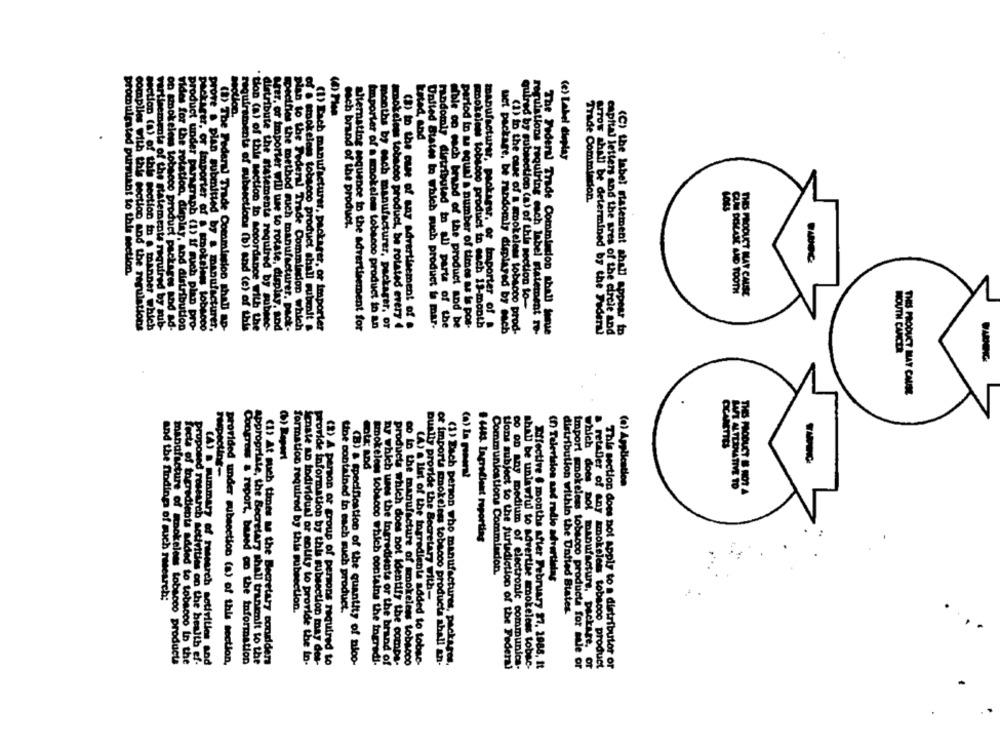
section.
Estad, and
(e) Label deplay
Potat
on smokeless tobillet
vartisements of the
Trade Commission.
mach brand of the product.
promulgated purmiant to this section.
quired by subsection (a) of this section to-
(B) to the cure of any advertisement of .
complies with this section and the regulations
the statements required by sub-
soco product packages and ad-
vides for the rotation, display, and distribution
product under paragraph (1) If such plan pro-
packager, or Importer of a stpokalnes tobacco
prove . plan submitted by a manufacturer,
(8) The Federal Trade Commission shall ap-
requirements of subsections (b) and (e) of this
tion (a) of this section to accordance with the
the statements required by submec-
Gger, or importer will use to rotate, display, and
specifies the method such manufacturer. pack-
plan to the Federal Trade Commission which
of a smokeless tobacco product shall submit s
(1) Each manufacturer, packager, or importer
alternating sequence to the advertisement for
Importer of a smokelem tobacco product in an
months by each manufacturer, packager, or
smokeless tobacco product, be rotated every 4
United States to which such product is mar-
randomly distributed in all parts of the
able on each brand of the product and be
period in aa equal a number of times as is pos-
mookslens tobacco product in esch 19-month
manufacturer, packager, or importer of
uct package, be randomly displayed by euch
(1) to the case of a mookelems tobacco prod-
regulations requiring each label statement ro-
The Federal Trade Commission that! josue
Arrow shall be determined by the Federal
(C) the label statement shall appear to
tion (a) of this section in a manner which
capital letters and the area of the circle and
THES PRODUCT MAY CAUSE
(%) Report
PINC
(a) La gomera!
(a) Application
which does not
& retabler of any
# 4483. Ingredient reporting
Communications Commisdon.
(h) Television sad radio sévertielas
and the findings of such research;
Dually provide the Secretary with-
formation required by this subsection.
tine contained in each such product.
distribution within the Untied States
manufacture of Inokeless tobacco products
Tects of togredients added to tobacco In the
proposed research activities on the health ef-
(A) a summary of research sotivities and
provided under subsection (a) of this section,
Congress & report, based on the information
appropriate, the Secretary shall tranimit to the
(1) At such times as the Becretary condider
mate AD individual or entity to provide the in-
provide information by this subsection may des-
(2) A person or group of persons required to
(B) & specification of the quantity of nloo-
smokeless tobacco which contains the togradi.
products which does not identify the comps-
co to the manufacture of smokeless tobacco
(A) a list of the ingredients added to tobac-
of imports mmokeless tobacco products shall an-
(1) Each person who manufactures, packages.
nr which uses the Ingredients or the brand of
tions subject to the furladiction of the Federal
DO OD Any medium of electronic communica-
shab be unlawful to advertise smokeless tobac-
Effective 6 months after February 27, 2988, It
Import smokeless tobacco products for sale or
manufacture, package, or
smokeless tobacco product
This section does not apply to a distributor or